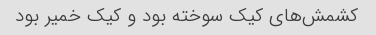
کشمش‌های کیک سوخته بود و کیک خمیر بود